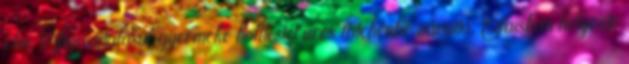
élni. Vigasztalásul gyermeke holttestét üres fatehénbe záratta, Saisban helyezte